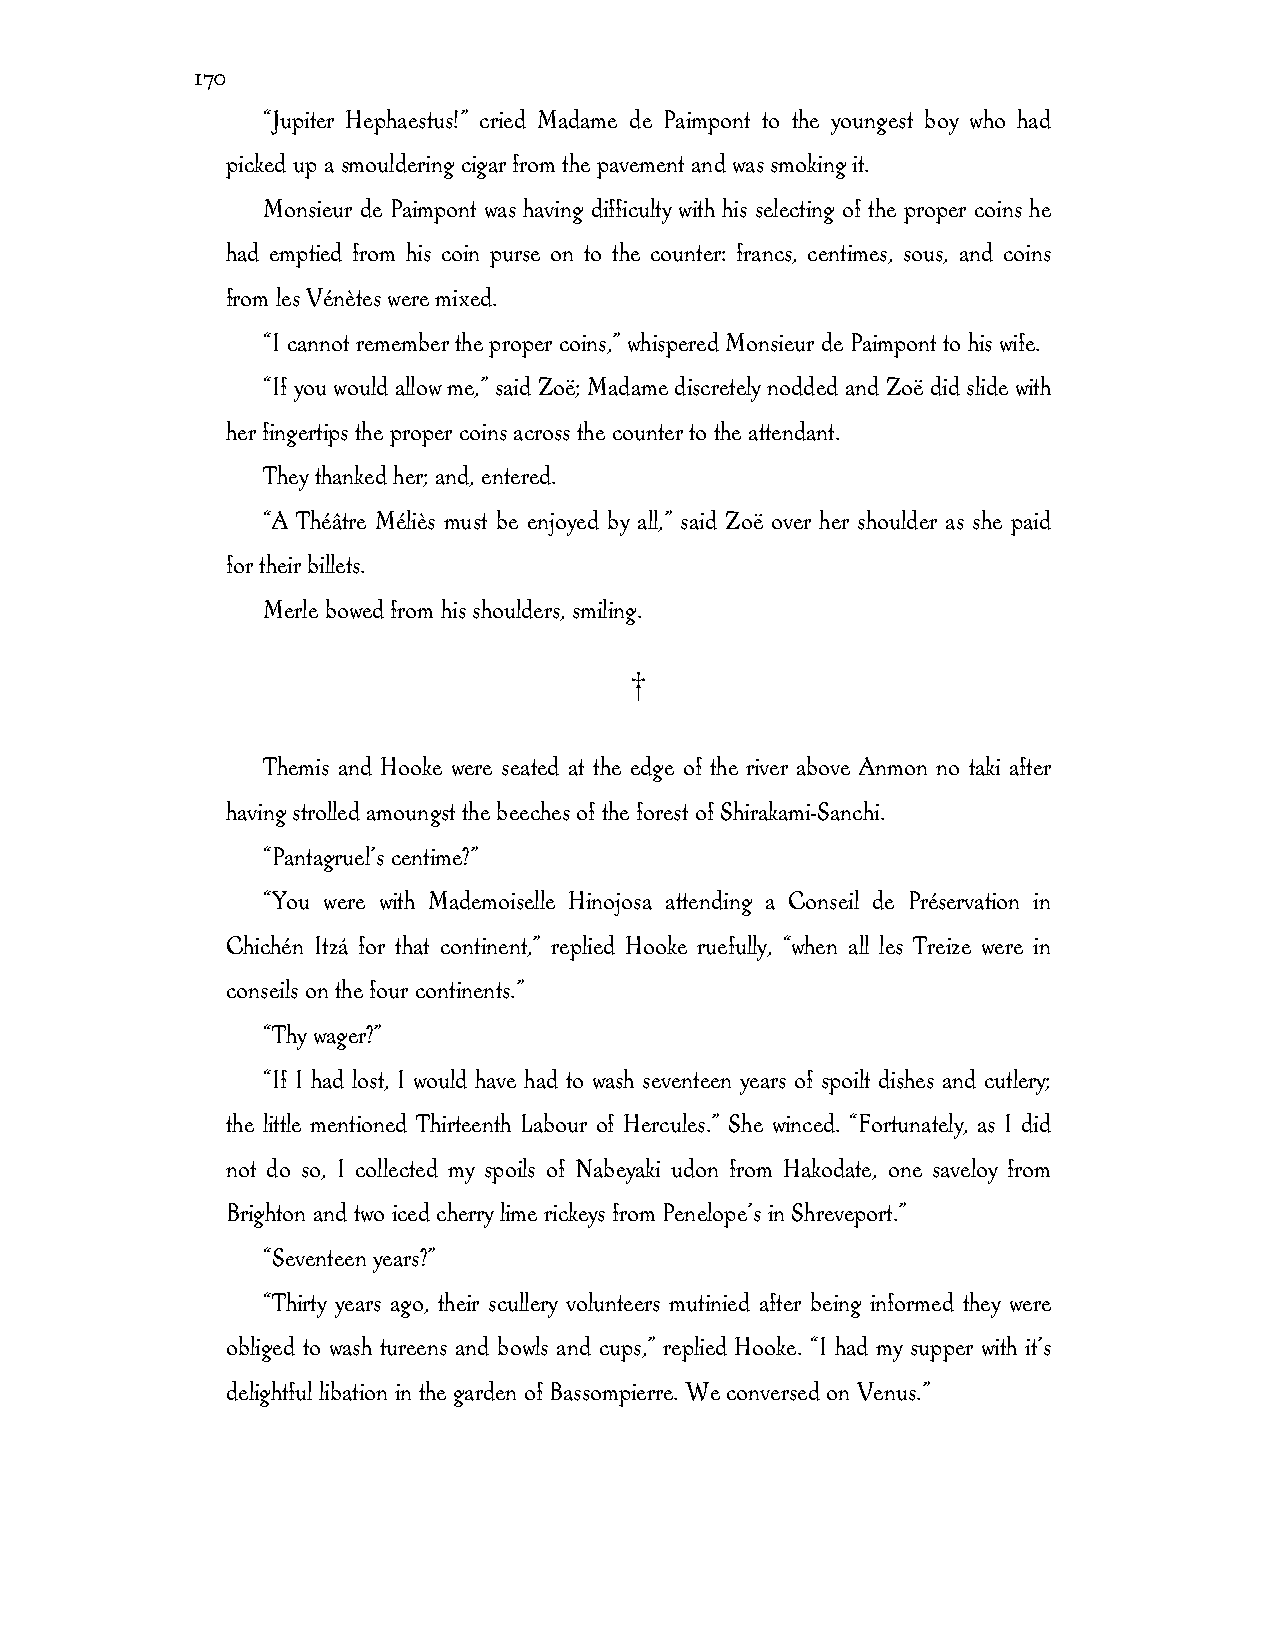
170
 “Jupiter Hephaestus!” cried Madame de Paimpont to the youngest boy who had
 picked up a smouldering cigar from the pavement and was smoking it.
 Monsieur de Paimpont was having difficulty with his selecting of the proper coins he
 had emptied from his coin purse on to the counter: francs, centimes, sous, and coins
 from les Vénètes were mixed.
 “I cannot remember the proper coins,” whispered Monsieur de Paimpont to his wife.
 “If you would allow me,” said Zoë; Madame discretely nodded and Zoë did slide with
 her fingertips the proper coins across the counter to the attendant.
 They thanked her; and, entered.
 “A Théâtre Méliès must be enjoyed by all,” said Zoë over her shoulder as she paid
 for their billets.
 Merle bowed from his shoulders, smiling.
 †
 Themis and Hooke were seated at the edge of the river above Anmon no taki after
 having strolled amoungst the beeches of the forest of Shirakami-Sanchi.
 “Pantagruel’s centime?”
 “You were with Mademoiselle Hinojosa attending a Conseil de Préservation in
 Chichén Itzá for that continent,” replied Hooke ruefully, “when all les Treize were in
 conseils on the four continents.”
 “Thy wager?”
 “If I had lost, I would have had to wash seventeen years of spoilt dishes and cutlery;
 the little mentioned Thirteenth Labour of Hercules.” She winced. “Fortunately, as I did
 not do so, I collected my spoils of Nabeyaki udon from Hakodate, one saveloy from
 Brighton and two iced cherry lime rickeys from Penelope’s in Shreveport.”
 “Seventeen years?”
 “Thirty years ago, their scullery volunteers mutinied after being informed they were
 obliged to wash tureens and bowls and cups,” replied Hooke. “I had my supper with it’s
 delightful libation in the garden of Bassompierre. We conversed on Venus.”